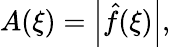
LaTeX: A(\xi)=\left|{\hat{f}}(\xi)\right|,